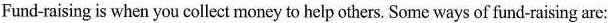
Fund-raising is when you collect money to help others. Some ways of fund-raising are: